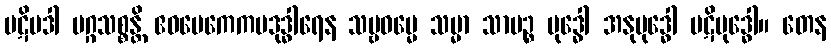
ပဋိပဒါ မဂ္ဂသစ္စန္တိ ဧဝမေကေကပဒုဒ္ဓါရေန သဗ္ဗဓမ္မေ သမ္မာ သာမဉ္စ ဗုဒ္ဓေါ အနုဗုဒ္ဓေါ ပဋိဗုဒ္ဓေါ။ တေန